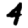
Digit: 4